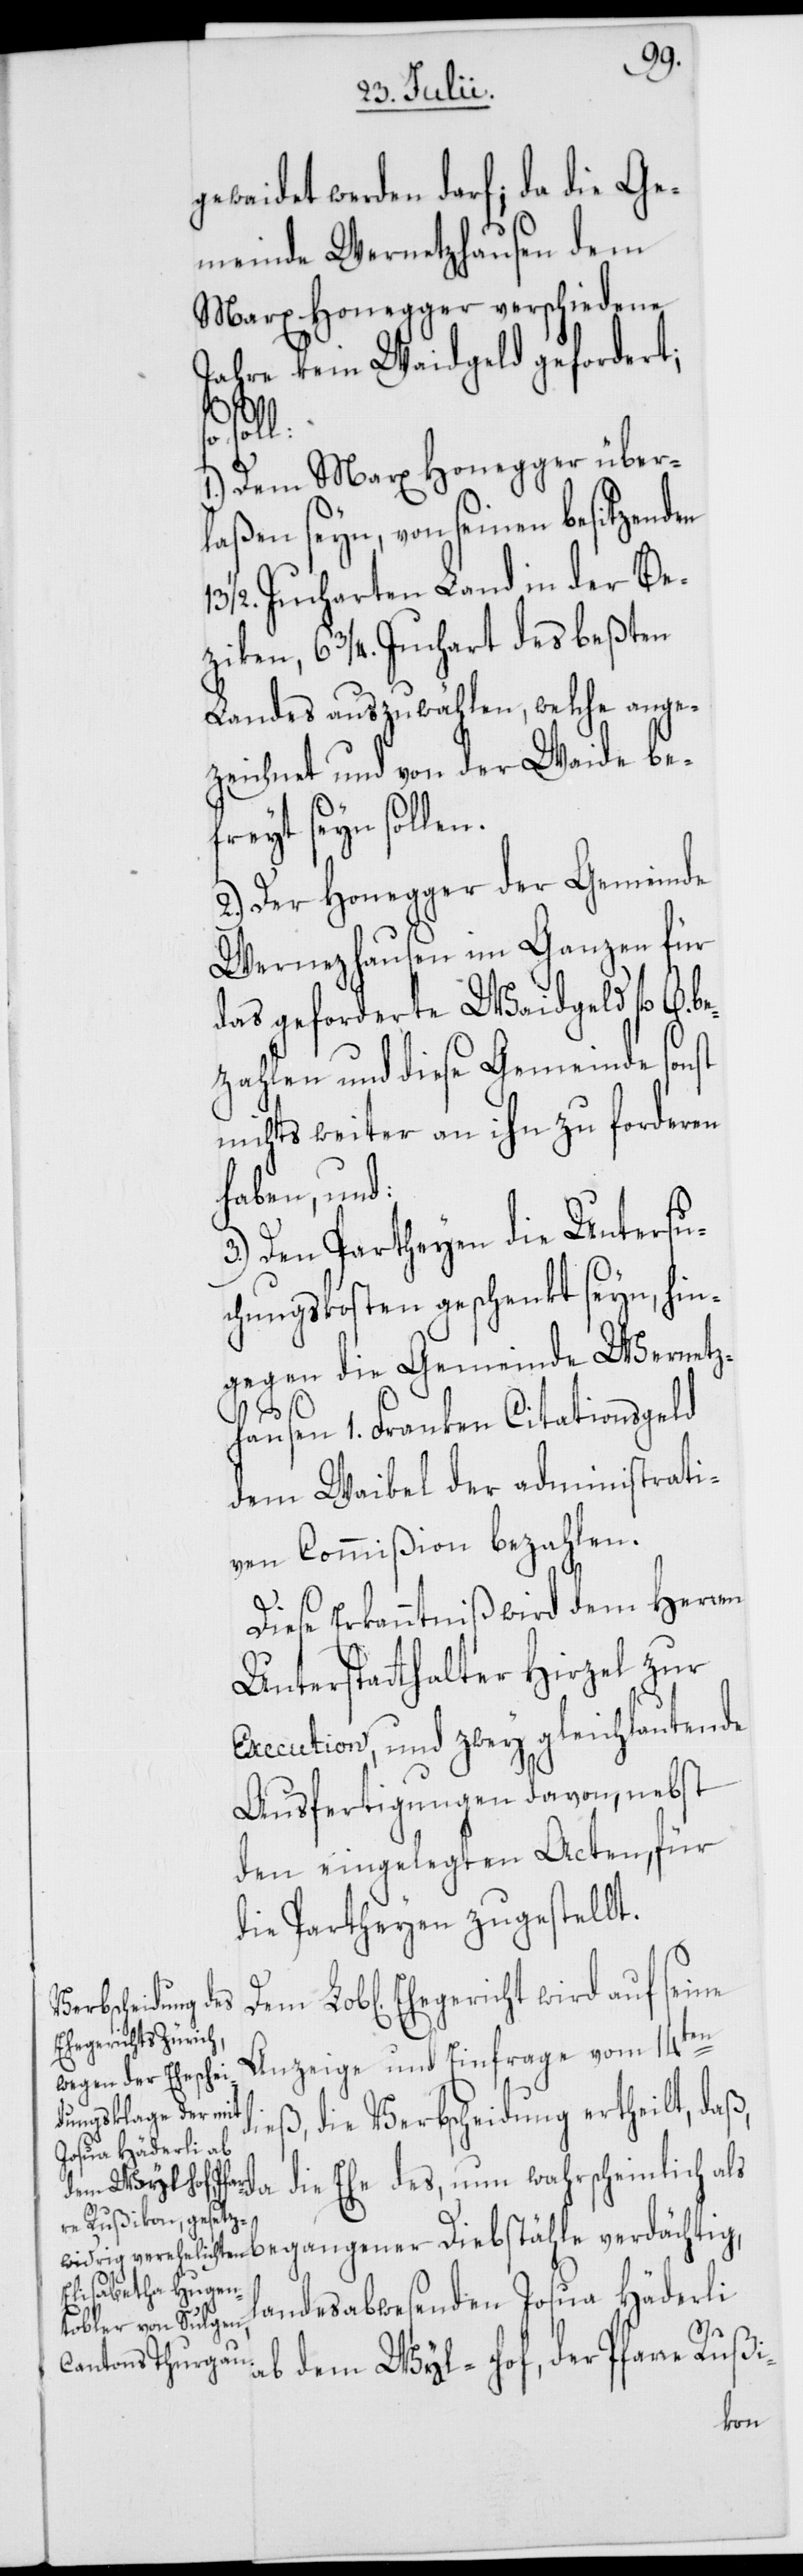
gewaidet werden darf; da die Ge¬
meinde Wernetzhausen dem
Marx Honegger verschiedene
Jahre kein Waidgeld gefordert;
be¬
soll:
1.) Dem Marx Honegger über¬
laßen seyn, von seinen besitzenden
1/2. Jucharten Land in der Be¬
ziken, 6 3/4. Juchart des beßten
Landes auszuwählen, welche ange¬
zeichnet und von der Waide be¬
freyt seyn sollen.
2.) Der Honegger der Gemeinde
Wernezhausen im Ganzen für
das geforderte Waidgeld fl.
zahlen und diese Gemeinde sonst
nichts weiter an ihn zu forderen
haben, und:
3.) Den Partheyen die Untersu¬
chungskosten geschenkt seyn, hin¬
gegen die Gemeinde Wernetz¬
hausen 1. Franken Citationsgeld
dem Waibel der administrati¬
ven Commißion bezahlen.
Diese Erkanntniß wird dem Herren
Unterstatthalter Hirzel zur
Execution, und zwey gleichlautende
Ausfertigungen davon, nebst
den eingelegten Acten, für
die Partheyen zugestellt.
Ehegericht wird auf seine
Anzeige und Einfrage vom 14ten
dieß, die Verbscheidung ertheilt, daß,
die Ehe des, nun wahrscheinlich als
landesabwesenden Josua Häderli
ab dem Wyl-hof, der Pfarre Rußi-